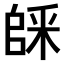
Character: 𠃆